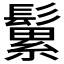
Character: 𩮹